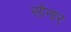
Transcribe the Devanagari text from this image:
साेनार